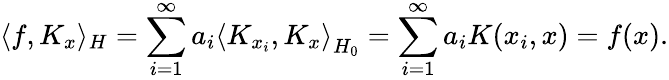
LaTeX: \langle f,K_{x}\rangle_{H}=\sum_{i=1}^{\infty}a_{i}\left\langle K_{x_{i}},K_{x}\right\rangle_{H_{0}}=\sum_{i=1}^{\infty}a_{i}K(x_{i},x)=f(x).